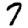
Digit: 7